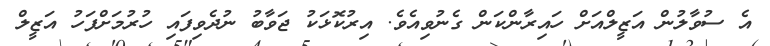
އެ ސުވާލުން އަޒީލްއަށް ހައިރާންކަން ގެނުވިއެވެ. އިރުކޮޅަކު ޖަވާބު ނުދެވިފައި ހުރުމަށްފަހު އަޒީލް